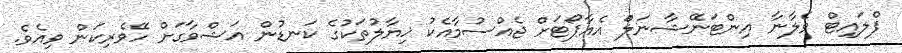
ފްލައިޓް ވެލާނާ އިންޓަނޭޝާނަލަް އެއާޕޯޓަށް ޖެއްސުމާއެކު ޚިޔާލުތަކުގެ ކަނޑުން އަޝްވާގަށް ހޭވެރިކަން ވިއެވެ.